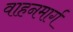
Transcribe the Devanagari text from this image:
वाहनमार्ग